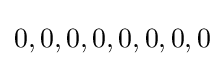
0,0,0,0,0,0,0,0